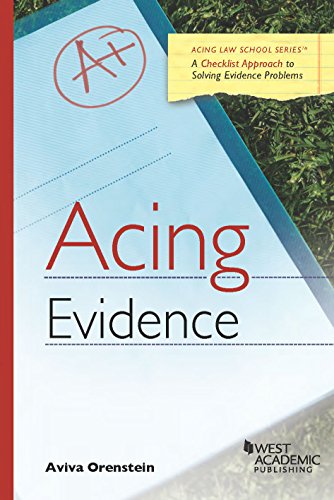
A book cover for Acing Evidence 1E (Acing Series); Aviva Orenstein; Law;